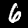
Label: 6